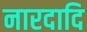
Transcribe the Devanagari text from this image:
नारदादि